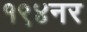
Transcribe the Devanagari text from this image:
१९४नर